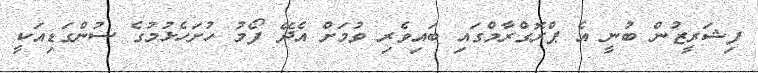
ފިޝަރީޒުން ބުނީ އެ ޕްރޮގްރާމްގައި ބައިވެރި ވުމަށް އެދޭ ފޯމު ހުށަހެޅުމުގެ ސުންގަޑިއަކީ